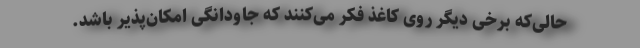
حالی‌که برخی دیگر روی کاغذ فکر می‌کنند که جاودانگی امکان‌پذیر باشد.